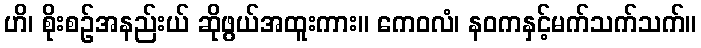
ဟိ၊ စိုးစဉ်အနည်းယ် ဆိုဖွယ်အထူးကား။ ကေဝလံ၊ နဝကနှင့်မက်သက်သက်။